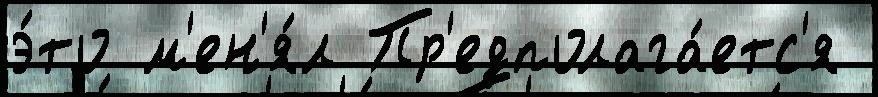
э́то м'ен'я́л Пр'едполага́етс'я